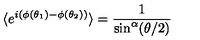
\langle e ^ { i ( \phi ( \theta _ { 1 } ) - \phi ( \theta _ { 2 } ) ) } \rangle = \frac 1 { \sin ^ { \alpha } ( \theta / 2 ) }